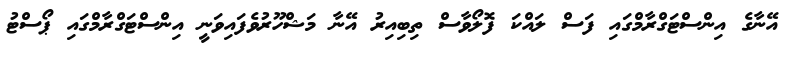
އޭނާގެ އިންސްޓަގްރާމްގައި ފަސް ލައްކަ ފޮލޯވާސް ތިބިއިރު އޭނާ މަޝްހޫރުވެފައިވަނީ އިންސްޓަގްރާމްގައި ޕޯސްޓު